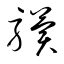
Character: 驥